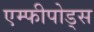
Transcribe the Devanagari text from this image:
एम्फीपोड्स